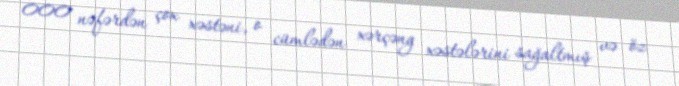
000 nəfərdən çox xəstəni, o cümlədən xərçəng xəstələrini sağaltmış və öz